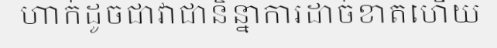
ហាក់ដូចជាវាជានិន្នាការដាច់ខាតហើយ